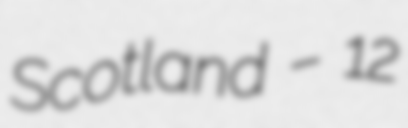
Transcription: Scotland – 12